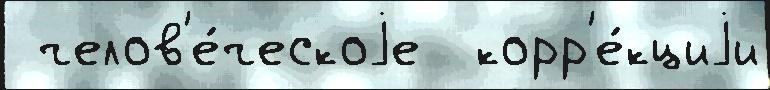
 челов'е́ческоjе  корр'е́кциjи